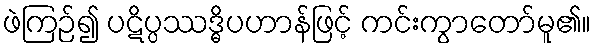
ဖဲကြဉ်၍ ပဋိပ္ပဿဒ္ဓိပဟာန်ဖြင့် ကင်းကွာတော်မူ၏။